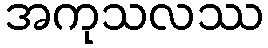
အကုသလဿ